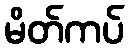
မိတ်ကပ်